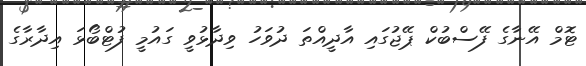
ޓޮމް އޭނާގެ ފޭސްބުކް ޕޭޖުގައި އާދީއްތަ ދުވަހު ވިދާޅުވީ ގައުމީ ފުޓްބޯޅަ އިދާރާގެ